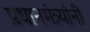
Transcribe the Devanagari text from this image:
प्रधानमंत्र्यांनी